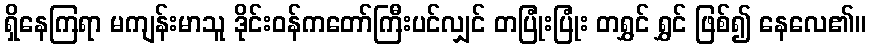
ရှိနေကြရာ မကျန်းမာသူ ဒိုင်းဝန်ကတော်ကြီးပင်လျှင် တပြုံးပြုံး တရွှင် ရွှင် ဖြစ်၍ နေလေ၏။